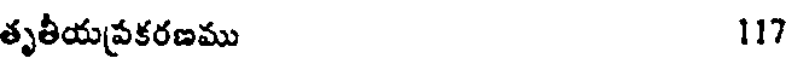
తృతీయప్రకరణము 117